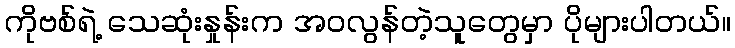
ကိုဗစ်ရဲ့ သေဆုံးနှုန်းက အဝလွန်တဲ့သူတွေမှာ ပိုများပါတယ်။